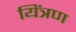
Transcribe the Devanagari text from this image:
यिंत्रण